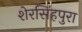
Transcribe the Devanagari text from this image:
शेरसिंहपुरा